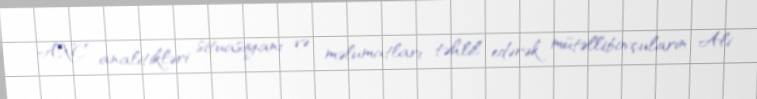
AXC analitikləri situasiyanı və məlumatları təhlil edərək mütəllibovçuların Ali